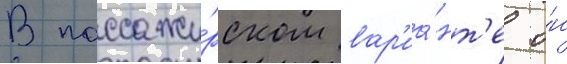
В пассажи́рском вар'иа́нт'е о́н